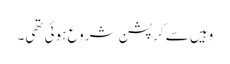
وہیں سے کرپشن شروع ہوئی تھی۔